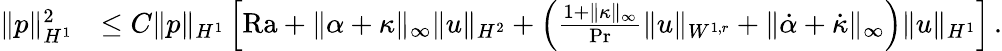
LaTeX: \begin{array}{rl}{\| p\| _{H^{1}}^{2}}&{\leq C\| p\| _{H^{1}}\left[\mathrm{{Ra}}+\| \alpha+\kappa\| _{\infty}\| u\| _{H^{2}}+\left(\frac{1+\| \kappa\| _{\infty}}{\mathrm{Pr}}\| u\| _{W^{1,r}}+\| \dot{\alpha}+\dot{\kappa}\| _{\infty}\right)\| u\| _{H^{1}}\right]\, .}\end{array}